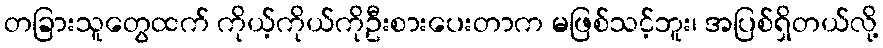
တခြားသူတွေထက် ကိုယ့်ကိုယ်ကိုဦးစားပေးတာက မဖြစ်သင့်ဘူး၊ အပြစ်ရှိတယ်လို့